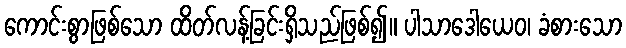
ကောင်းစွာဖြစ်သော ထိတ်လန့်ခြင်းရှိသည်ဖြစ်၍။ ပါသာဒေါယေဝ၊ ခံစားသော